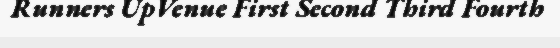
Runners UpVenue First Second Third Fourth